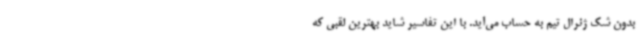
بدون شک ژنرال تیم به حساب می‌آید. با این تفاسیر شاید بهترین لقبی که